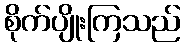
စိုက်ပျိုးကြသည်